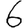
Digit: 6